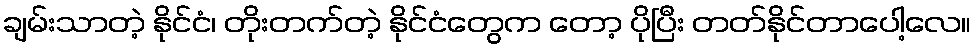
ချမ်းသာတဲ့ နိုင်ငံ၊ တိုးတက်တဲ့ နိုင်ငံတွေက တော့ ပိုပြီး တတ်နိုင်တာပေါ့လေ။